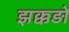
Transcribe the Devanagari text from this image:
झक्कड़ों